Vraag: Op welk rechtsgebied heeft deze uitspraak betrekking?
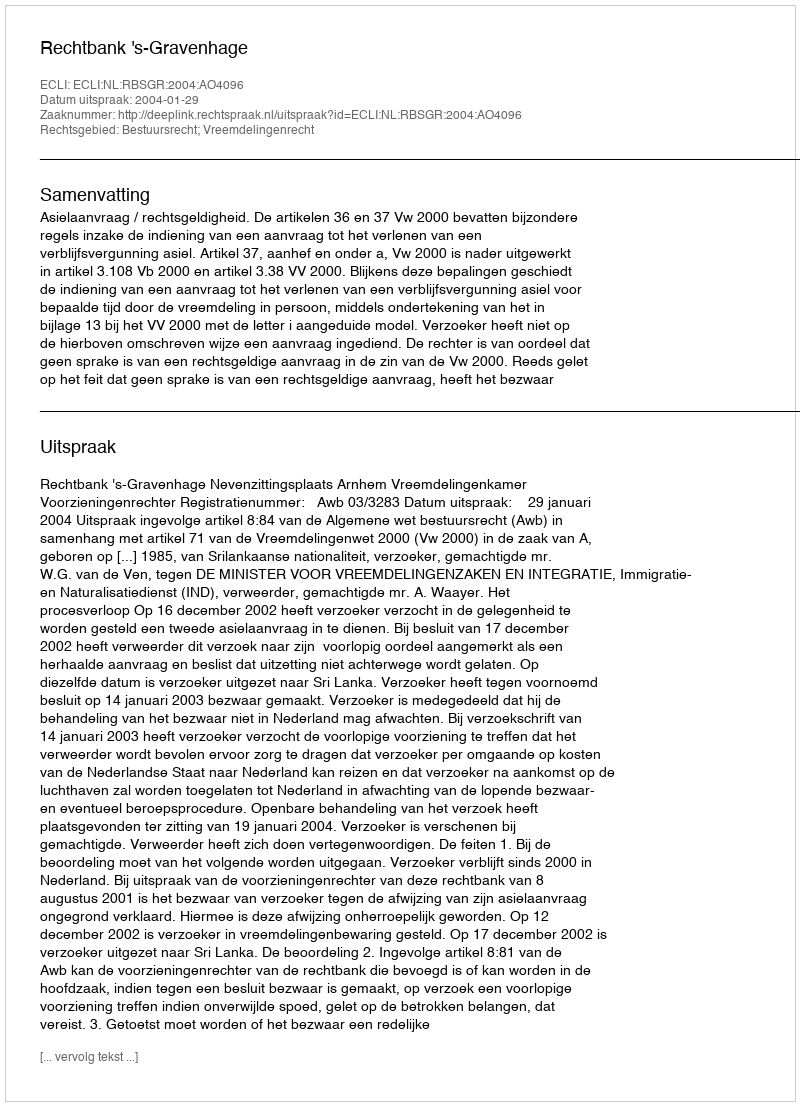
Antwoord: Bestuursrecht; Vreemdelingenrecht